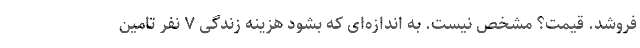
فروشد. قیمت؟ مشخص نیست. به اندازه‌ای که بشود هزینه زندگی ۷ نفر تامین